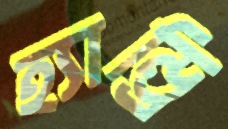
হ্যান্ড্রি